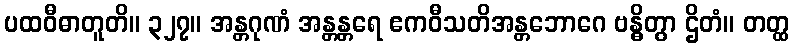
ပထဝီဓာတူတိ။ ၃၂၇။ အန္တဂုဏံ အန္တန္တရေ ဧကဝီသတိအန္တဘောဂေ ဗန္ဓိတွာ ဌိတံ။ တတ္ထ